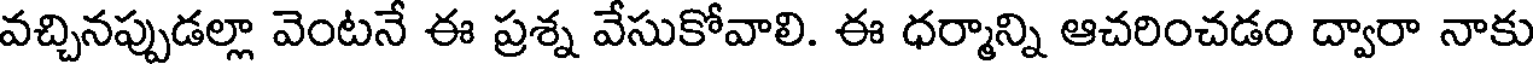
వచ్చినప్పుడల్లా వెంటనే ఈ ప్రశ్న వేసుకోవాలి. ఈ ధర్మాన్ని ఆచరించడం ద్వారా నాకు